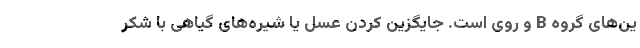
ین‌های گروه B و روی است. جایگزین کردن عسل یا شیره‌های گیاهی با شکر